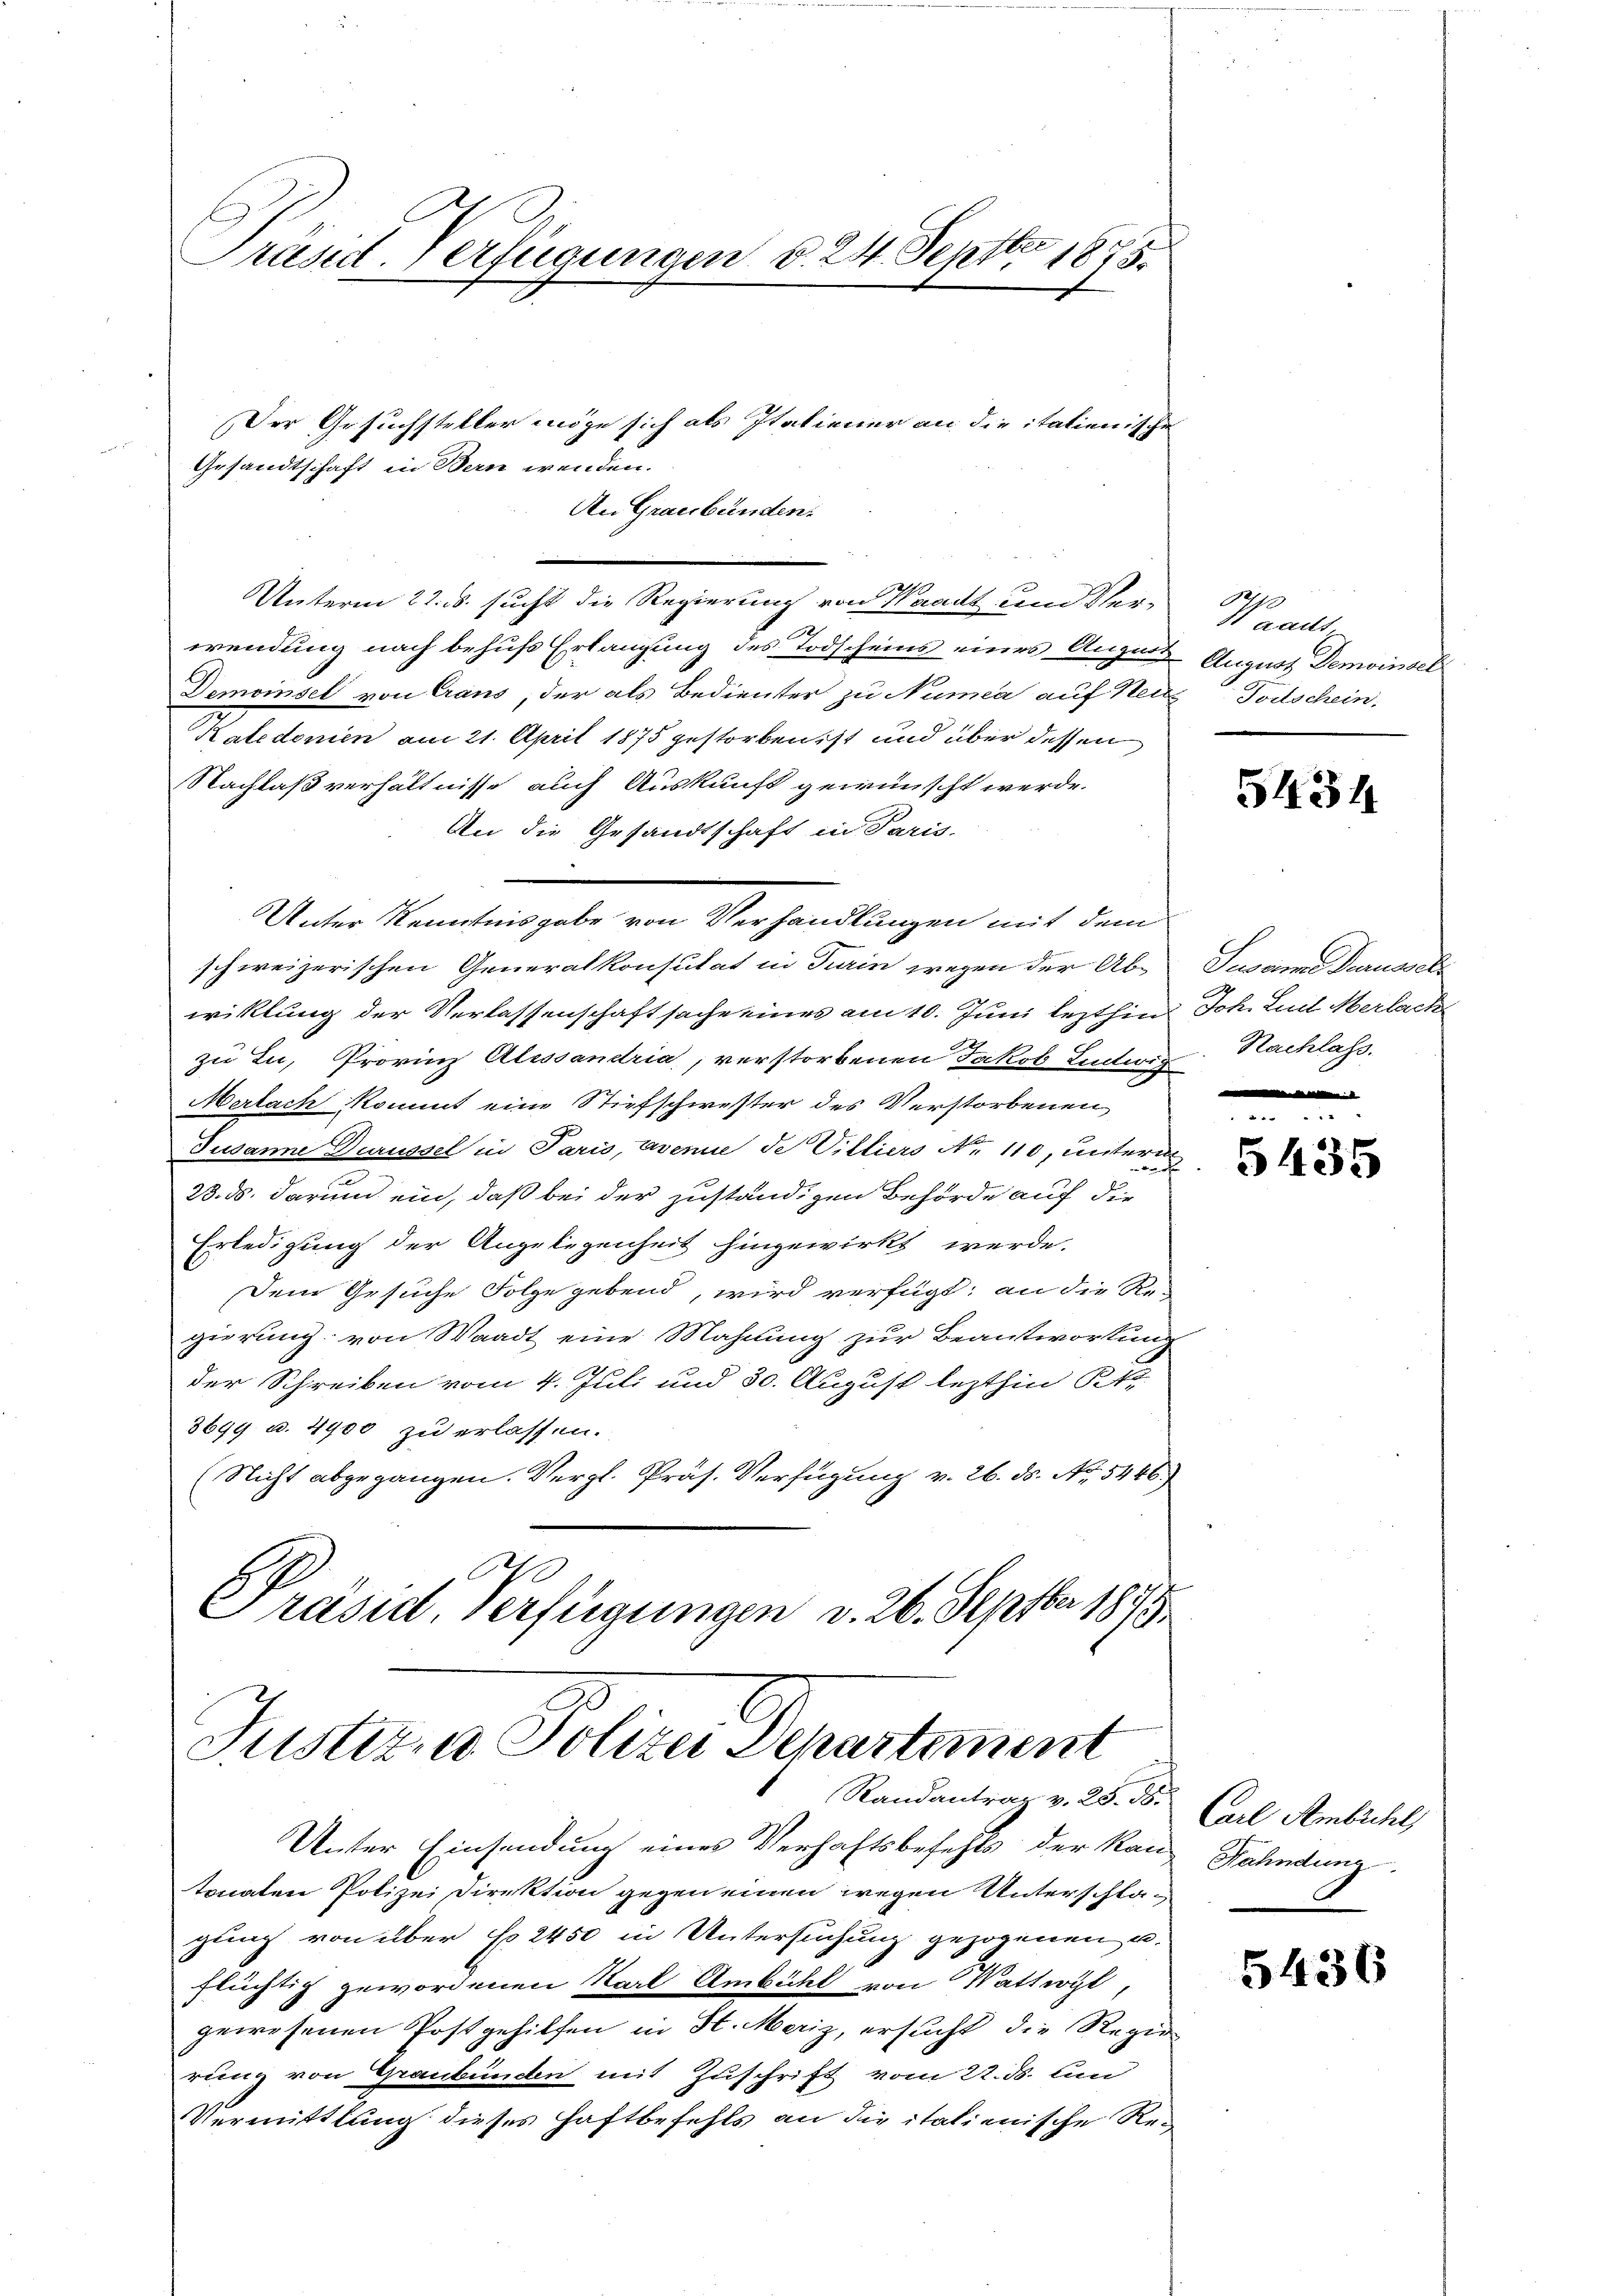
Präsid. Verfügungen d. 24. Septbr 1875.

Justiren Polize Departement
Randantrag v. 25. 58.

Gesandtschaft in Bern wenden.

Der Gesuchsteller möge sich als Italiener an die italienische
An Graubünden.
Unterm 22. s. sucht die Regierung von Waadt um Ver-Waadt,
wendung nach behufs Erlangung des Todscheins eines Augen August Demoinsel
Demoinsel von Craus, der als Bedienter zu Numea auf Heitz Todschein,
Katedonien am 21. April 1875 gestorben ist und über dessen
Nachlaß verhältnisse auch Auskunft gewünscht werde.
An die Gesandtschaft in Paris
Unter Staatsangabe von Mechandlungen und den
schweizerischen Generalkonsulat in Turin wegen der Abwicklung der Verlassenschaftsache eines am 10. Juni lezthin
zu Lu, Provinz Alessandria, verstorbenen Jakob Lintwig-Nachlass.
Mertach kommt eine Stiefschwester des Verstorbenen
Tusanne Durüssel in Paris, avenue de Villiers No 110, unterm
23. ds. darum ein, daß bei der zuständigen Behörde auf die
Erledigung der Angelegenheit hingewirkt werde.
Dem Gesuche Folge gebend, wird verfügt; an die Re-
gierung von Waadt eine Mahnung zur Beantwortung
der Schreiben vom 4. Juli und 30. August lezthin Kr
3699 u. 4400 zu erlassen.
(Nicht abgegangen. Vergl. Präs. Verfügung v. 26. ds. No. 5446)
Präsent. Verfügungen v. 26. Septbr 1873.

Unter Einsendung eines Verhaftsbefehls der Kan-Nahndung
tonaten Polizei Direktion gegen einen wegen Unterschlagung von über No 2450 in Untersuchung gezogenen u.
flüchtig gewordenen Karl Ambühl von Wattwyl,
gewesenen Postgehilfen in H. Merz, ersucht die Regie
rung von Graubünden mit Zuschrift vom 22. ds. um
Vermittlung dieses Haftbefehls an die italienische Re¬

5434

Susanne Draussetz
 Joh. Lust Merlack

5435

Carl Ambühl

5436